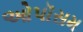
ઓપૉસમ